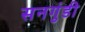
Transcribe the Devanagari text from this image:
सनगुंडी